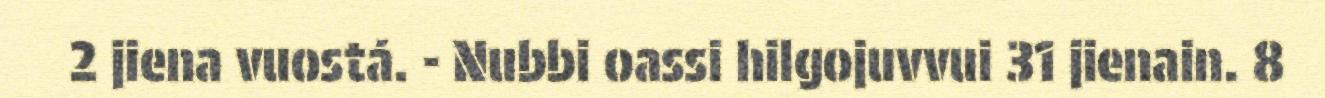
2 jiena vuostá. - Nubbi oassi hilgojuvvui 31 jienain. 8